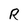
Character: R